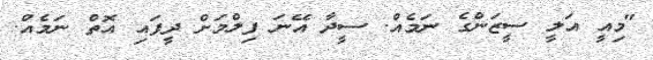
"މިއީ އަލީ ސީޒަންގެ ނަމެއް. ސީދާ އޭނަ ފިލްމަށް ދީފައި އޮތް ނަމެއް.